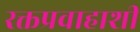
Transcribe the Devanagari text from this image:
रक्तप्रवाहाशी